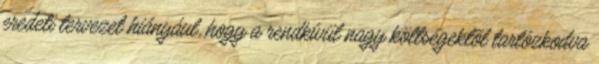
eredeti tervezet hiányául, hogy a rendkívül nagy költségektõl tartózkodva